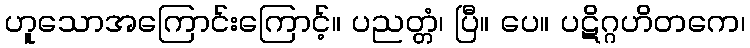
ဟူသောအကြောင်းကြောင့်။ ပညတ္တံ၊ ပြီ။ ပေ။ ပဋိဂ္ဂဟိတကေ၊